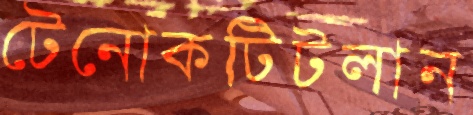
টেনোকটিটলান